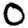
Digit: 0